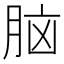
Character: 脑